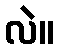
လဲ။